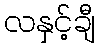
လနှင့်ချီ